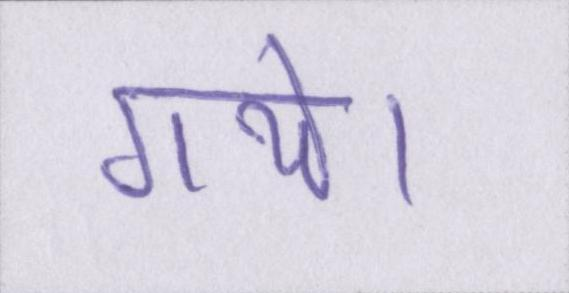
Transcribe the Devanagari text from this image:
गये।